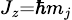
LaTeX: \scriptstyle J_{z}=\hbar m_{j}